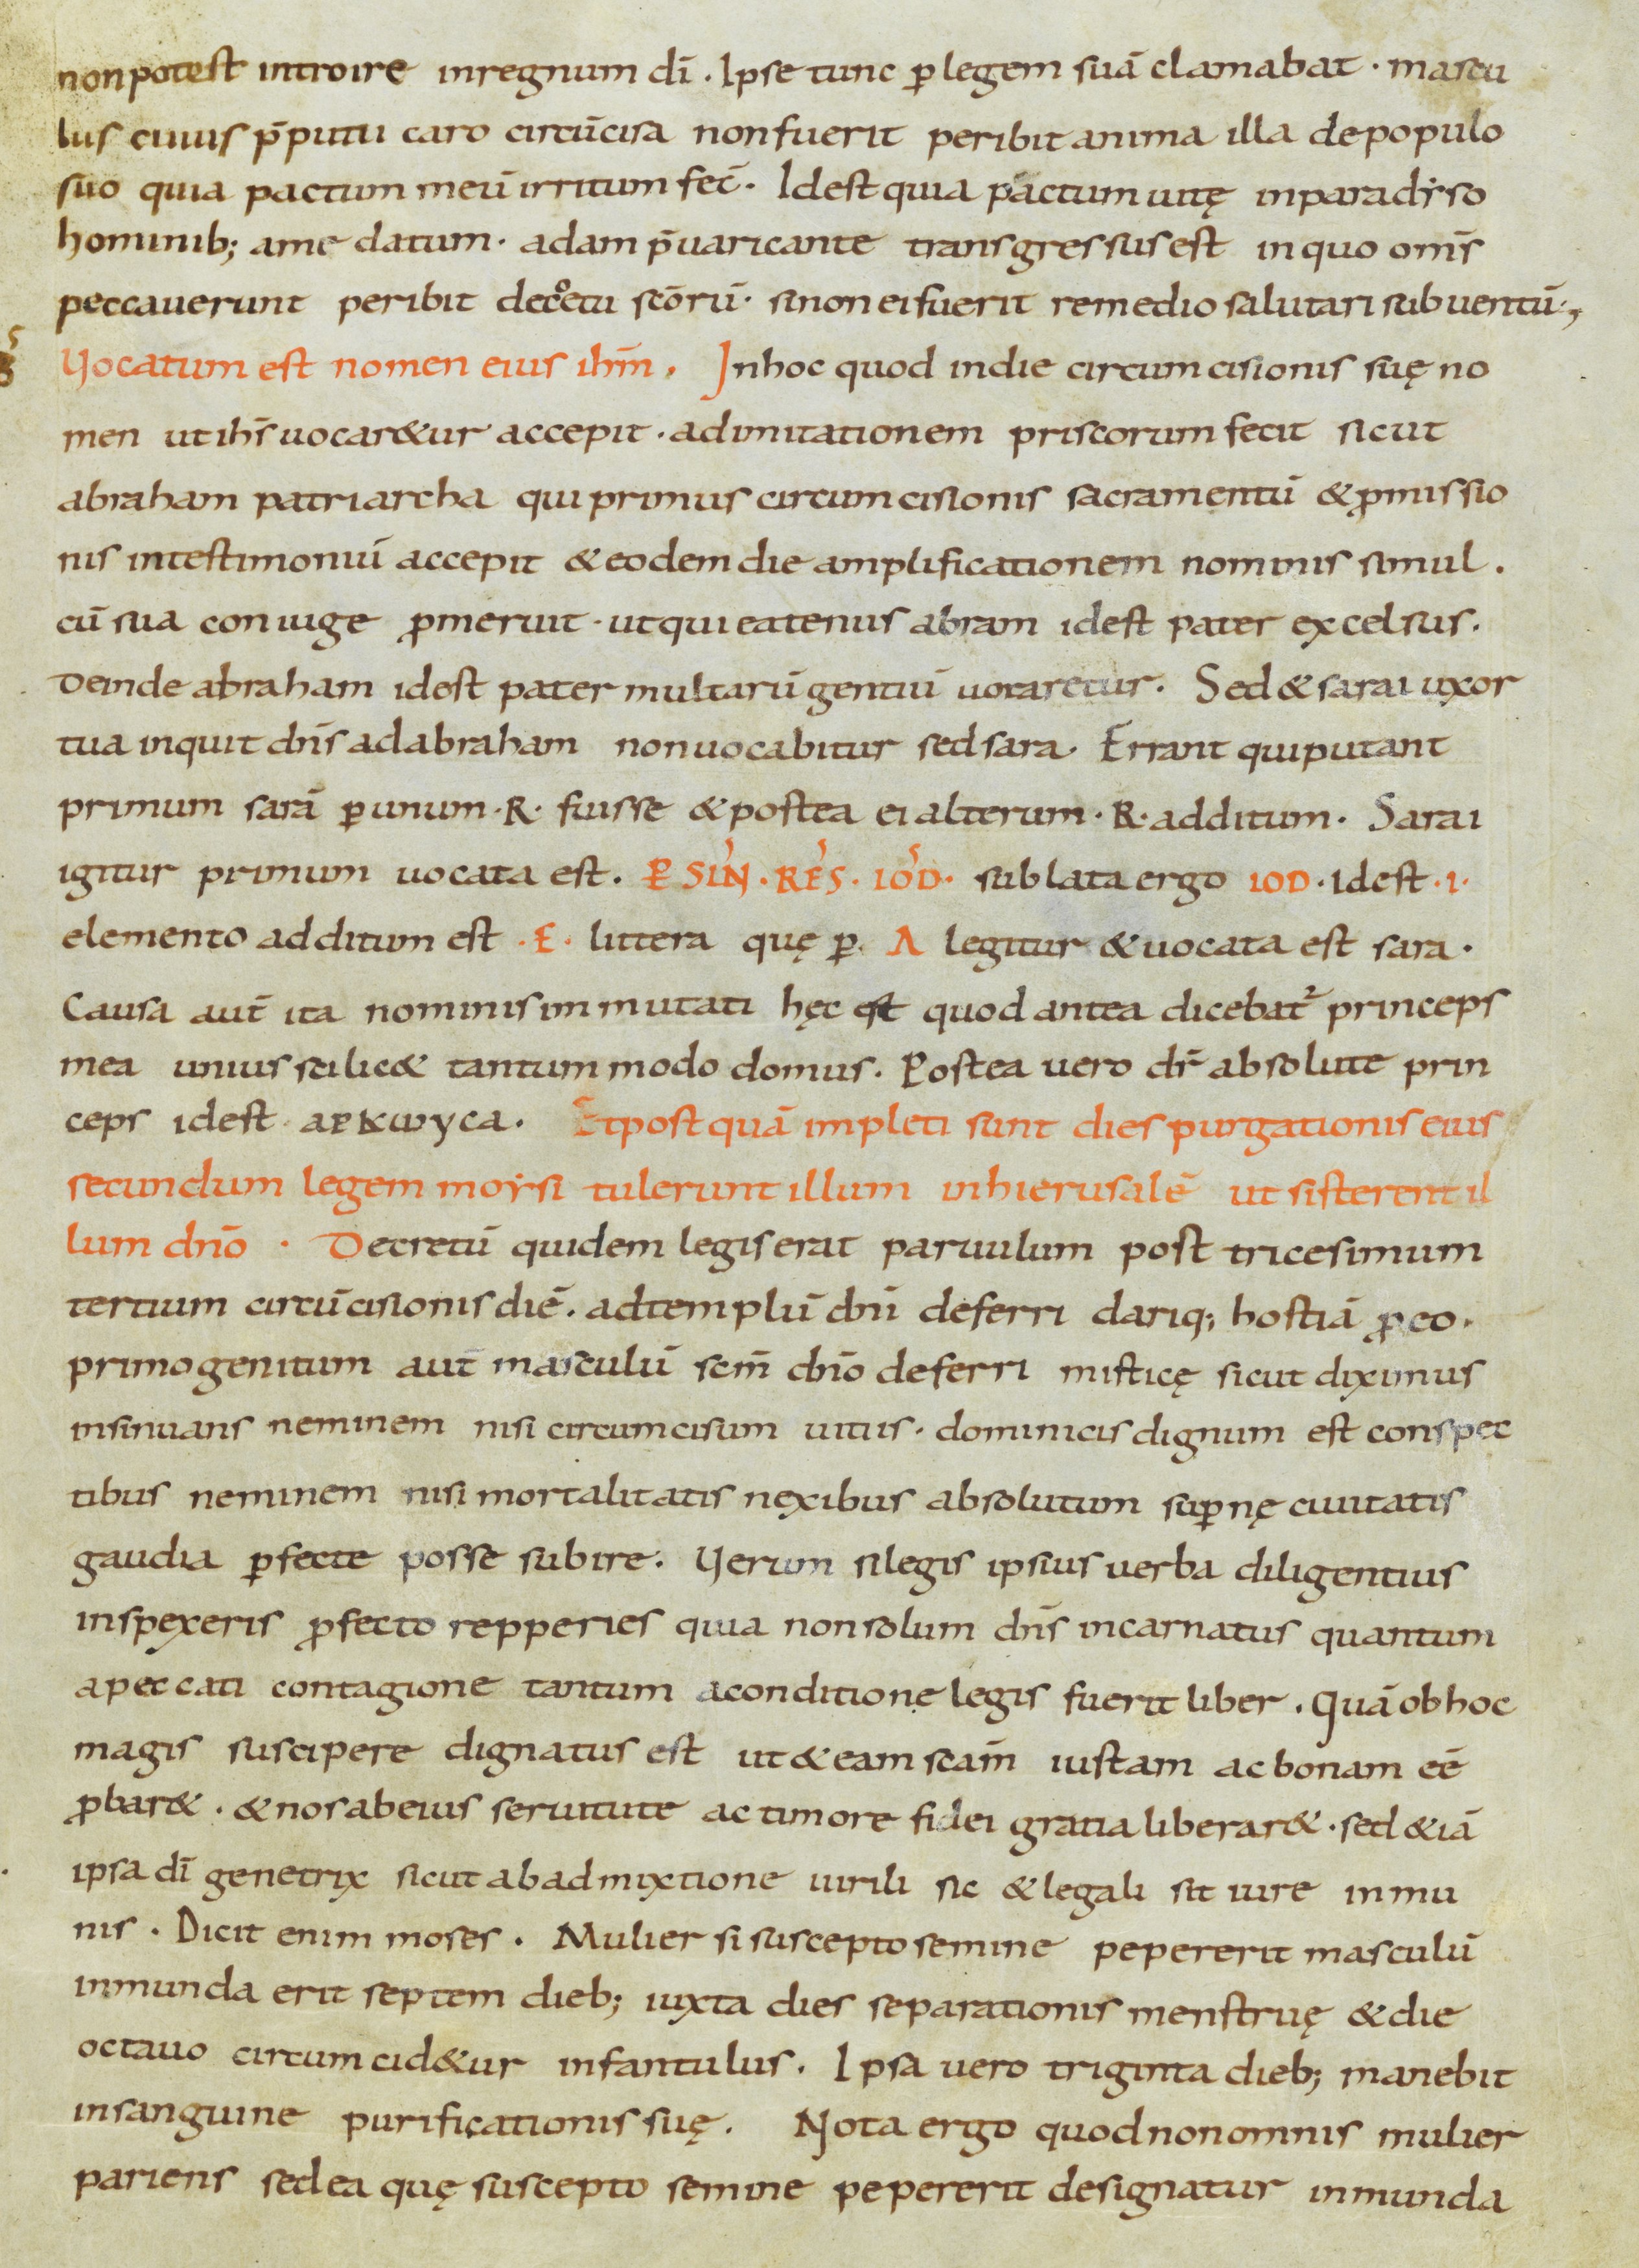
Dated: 800–899